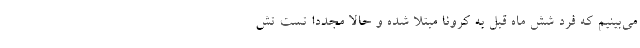
می‌بینیم که فرد شش ماه قبل به کرونا مبتلا شده و حالا مجددا تست تش